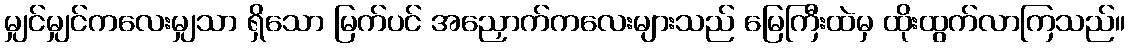
မျှင်မျှင်ကလေးမျှသာ ရှိသော မြက်ပင် အညှောက်ကလေးများသည် မြေကြီးထဲမှ ထိုးထွက်လာကြသည်။